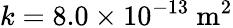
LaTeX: k=8.0\times 10^{-13}\ \mathrm{m^{2}}